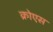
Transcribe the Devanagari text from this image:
क्रोएस